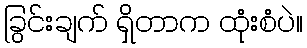
ခြွင်းချက် ရှိတာက ထုံးစံပဲ။